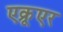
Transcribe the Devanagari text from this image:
एक्रूएर